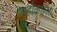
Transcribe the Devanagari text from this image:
अहोकछला